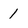
Character: 1